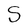
Character: S